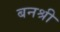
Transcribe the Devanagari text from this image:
बनश्री